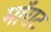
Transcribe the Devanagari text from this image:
मॉराट